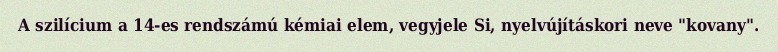
A szilícium a 14-es rendszámú kémiai elem, vegyjele Si, nyelvújításkori neve "kovany".